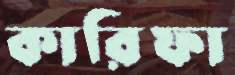
কারিফা